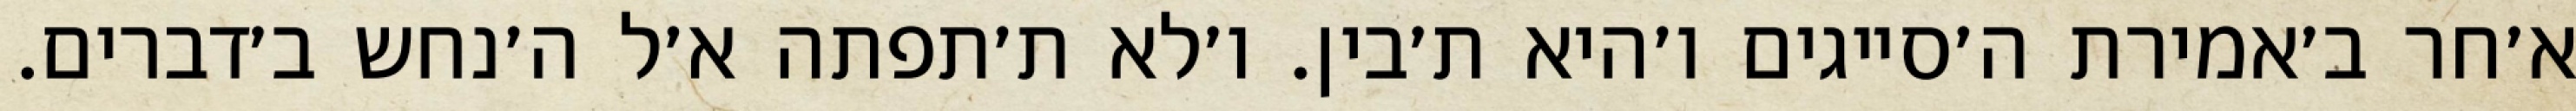
א׳חר ב׳אמירת ה׳סייגים ו׳היא ת׳בין. ו׳לא ת׳תפתה א׳ל ה׳נחש ב׳דברים.